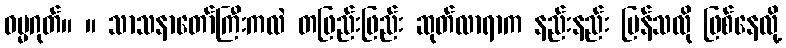
ဓမ္မဂုတ်။ ။ သာသနာတော်ကြီးကလဲ တဖြည်းဖြည်း ဆုတ်လာရာက နည်းနည်း မြန်သလို ဖြစ်နေလို့